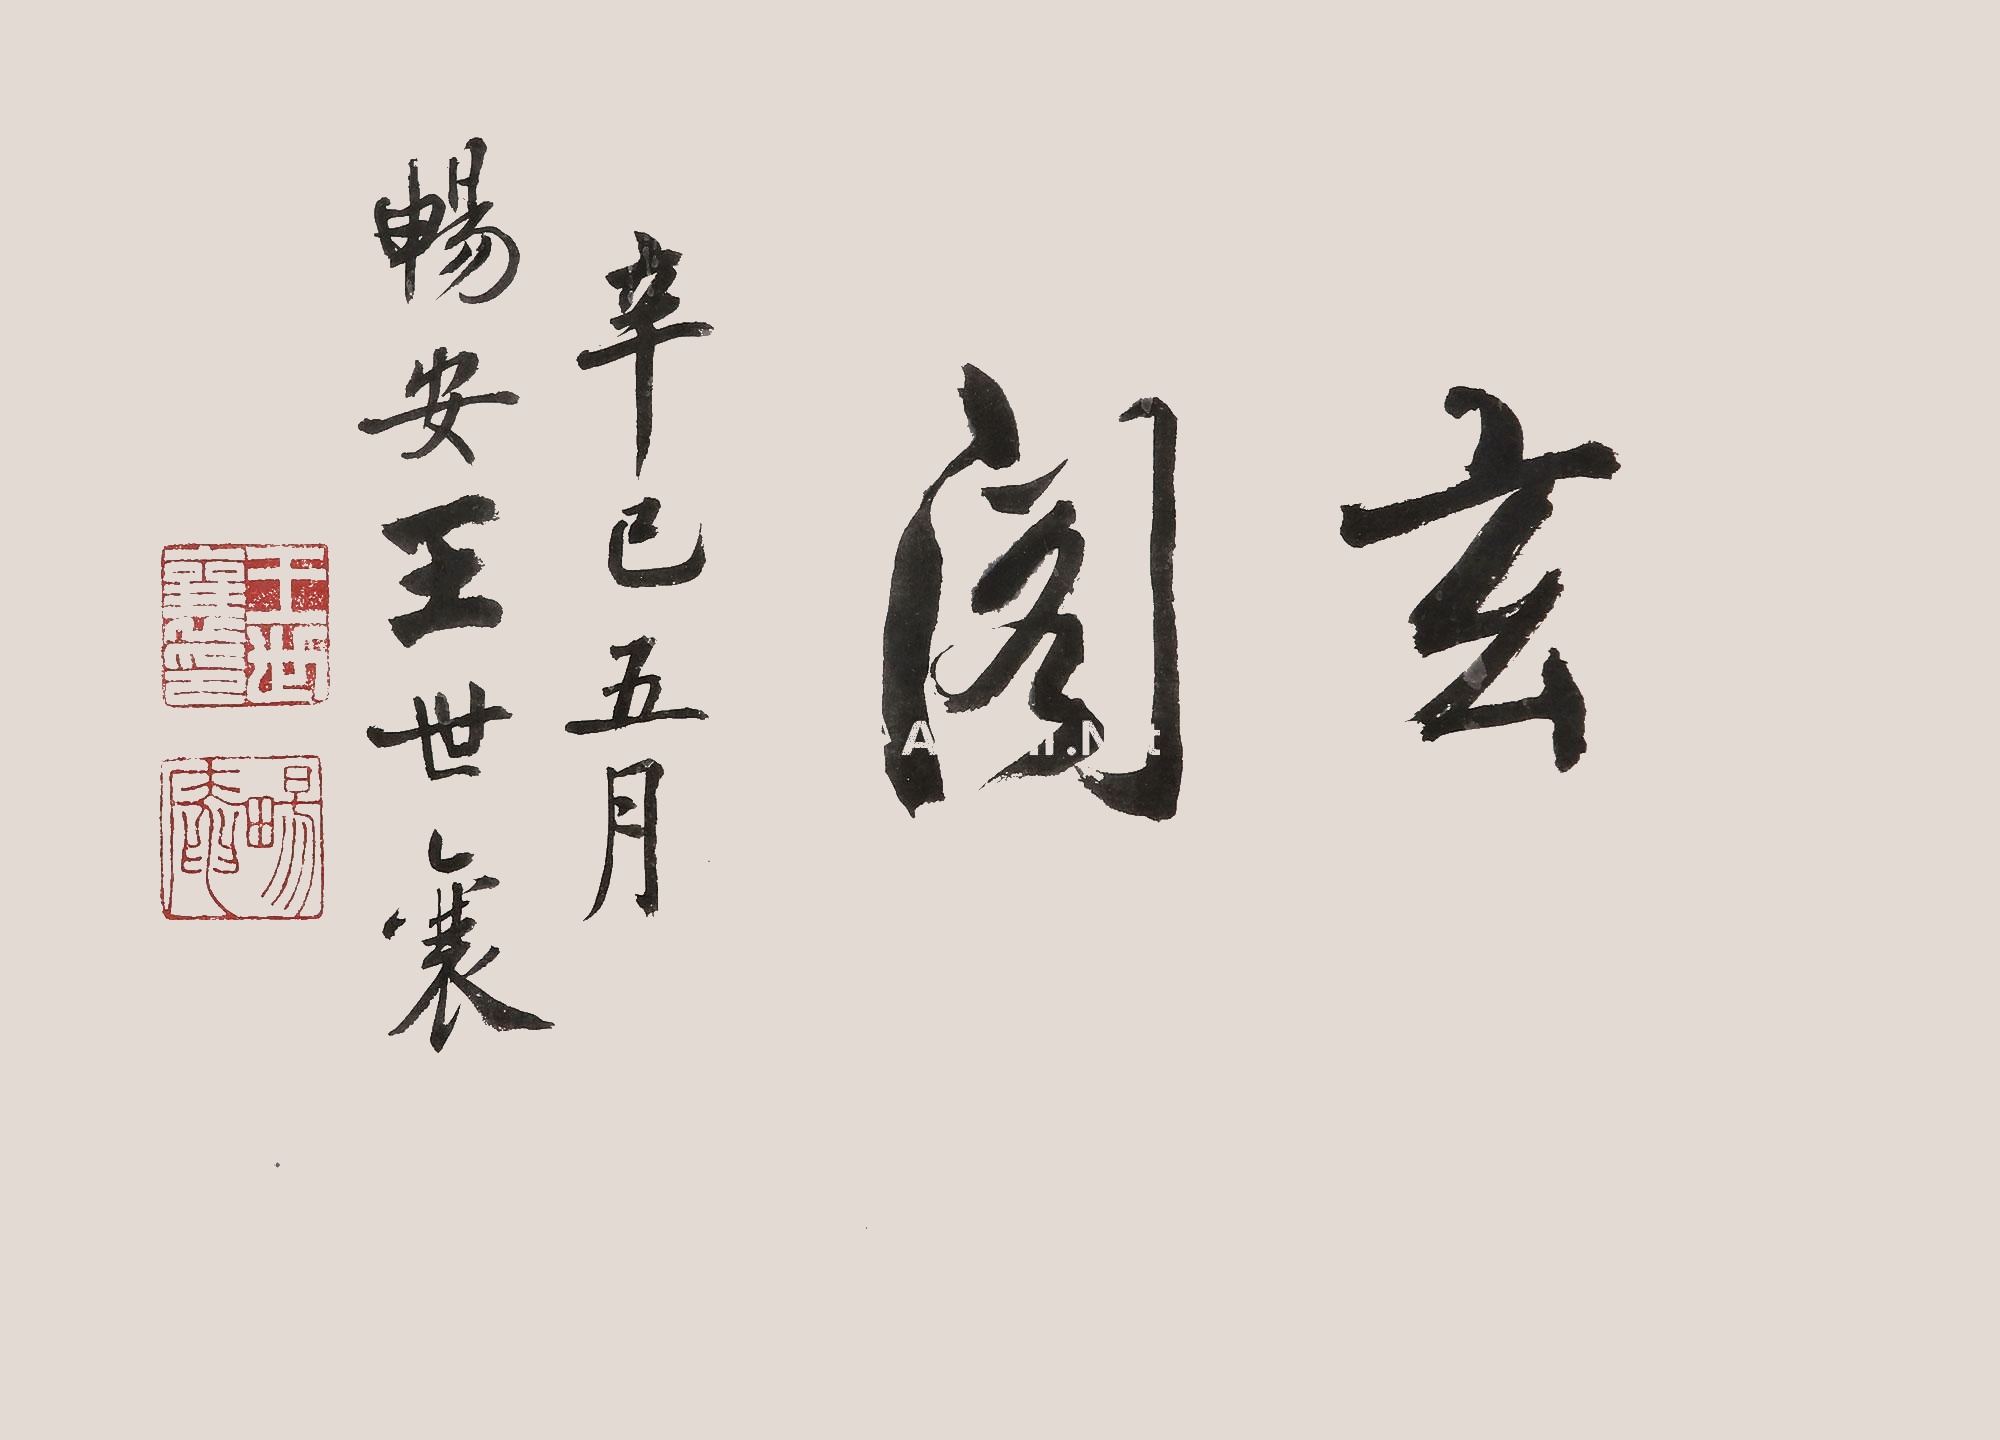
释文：玄阁辛巳五月，畅安王世襄。